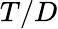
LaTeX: T/D